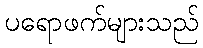
ပရောဖက်များသည်